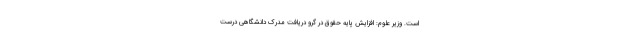
است. وزیر علوم: افزایش پایه حقوق در گرو دریافت مدرک دانشگاهی درست